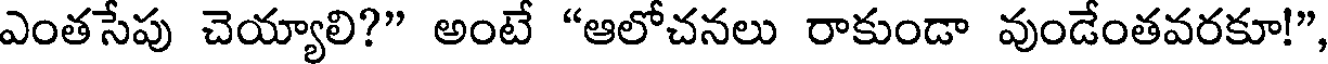
ఎంతసేపు చెయ్యాలి?" అంటే "ఆలోచనలు రాకుండా వుండేంతవరకూ!"